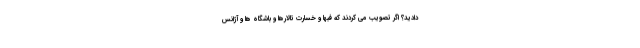
دادید؟ اگر تصویب می کردند که فبها و خسارت تالارها و باشگاه ها و آژانس